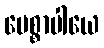
ပေစ္စာပါယေ